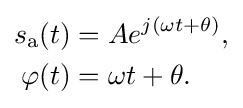
{\begin{aligned}s_{\mathrm {a} }(t)&=Ae^{j(\omega t+\theta )},\\\varphi (t)&=\omega t+\theta .\end{aligned}}